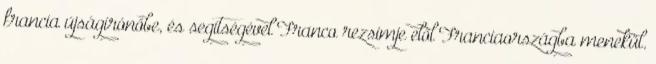
francia újságírónőbe, és segítségével Franco rezsimje elől Franciaországba menekül.